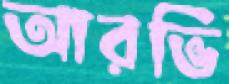
আরভি